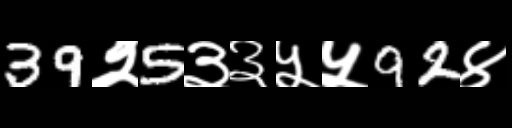
Text: 39२5३३५५92४